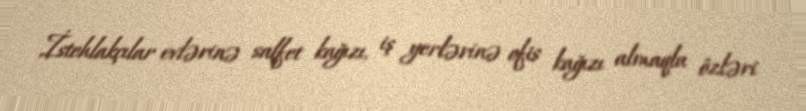
İstehlakçılar evlərinə salfet kağızı, iş yerlərinə ofis kağızı almaqla özləri